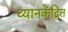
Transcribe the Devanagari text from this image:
ध्यानकेंद्रित